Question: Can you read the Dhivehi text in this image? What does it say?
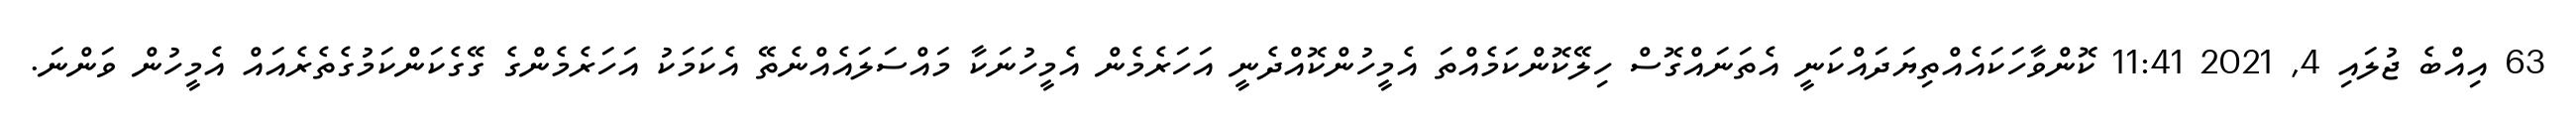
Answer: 63 އިއްބެ ޖުލައި 4, 2021 11:41 ކޮންވާހަކައެއްތިޔަދައްކަނީ އެތަނައްގޮސް ހިލޭކޮންކަމެއްތަ އެމީހުންކޮއްދެނީ އަހަރެމެން އެމީހުނަކާ މައްސަލައެއްނެތޭ އެކަމަކު އަހަރެމެންގެ ގޭގެކަންކަމުގެތެރެއައް އެމީހުން ވަންނަ.